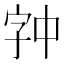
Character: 𫡉